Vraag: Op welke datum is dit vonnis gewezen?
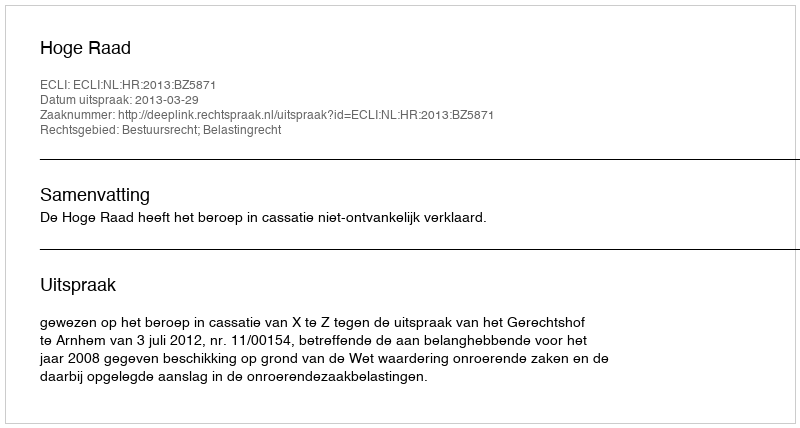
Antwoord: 2013-03-29